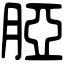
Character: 𦜖